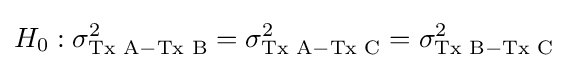
H_{0}:\sigma _{{\text{Tx A}}-{\text{Tx B}}}^{2}=\sigma _{{\text{Tx A}}-{\text{Tx C}}}^{2}=\sigma _{{\text{Tx B}}-{\text{Tx C}}}^{2}